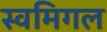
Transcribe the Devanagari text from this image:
स्वमिगल